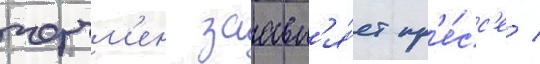
черчм'ен заавл'я́ет пр'е́сс'е /